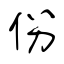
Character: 份